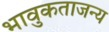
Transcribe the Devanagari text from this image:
भावुकताजन्य